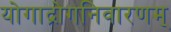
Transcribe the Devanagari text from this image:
योगाद्रोगनिवारणम्